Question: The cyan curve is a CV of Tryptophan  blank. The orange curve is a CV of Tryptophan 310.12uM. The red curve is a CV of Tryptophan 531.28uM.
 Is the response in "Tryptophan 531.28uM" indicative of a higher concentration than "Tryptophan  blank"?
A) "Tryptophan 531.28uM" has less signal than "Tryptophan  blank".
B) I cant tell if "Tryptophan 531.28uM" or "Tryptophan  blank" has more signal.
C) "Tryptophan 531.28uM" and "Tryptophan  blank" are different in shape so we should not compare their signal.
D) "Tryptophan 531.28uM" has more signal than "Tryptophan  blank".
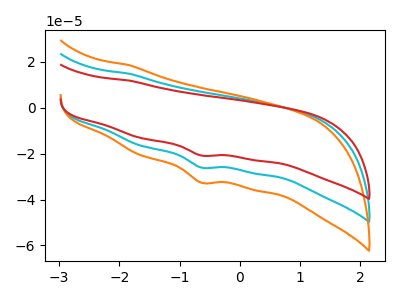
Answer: <think>The cyan curve "Tryptophan  blank" has a cathodic peak at: (-0.65V, -26.10uA). The orange curve "Tryptophan 310.12uM" has a cathodic peak at: (-0.65V, -52.15uA). The red curve "Tryptophan 531.28uM" has a cathodic peak at: (-0.65V, -20.85uA).
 All the peaks in "Tryptophan 531.28uM" have a peak in "Tryptophan  blank" at the same potential. Every peak in "Tryptophan 531.28uM" is lower than every peak in "Tryptophan  blank".</think>
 <answer>A) "Tryptophan 531.28uM" has less signal than "Tryptophan  blank".</answer>
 <eval>A</eval>